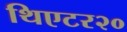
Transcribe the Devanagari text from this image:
थिएटर२०